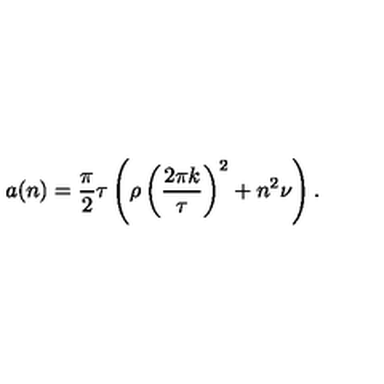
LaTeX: a ( n ) = \frac { \pi } { 2 } \tau \left( \rho \left( \frac { 2 \pi k } { \tau } \right) ^ { 2 } + n ^ { 2 } \nu \right) .